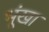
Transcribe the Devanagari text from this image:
भूंखा